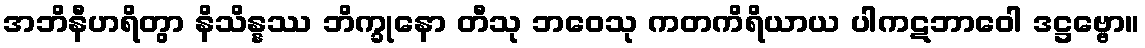
အဘိနီဟရိတွာ နိသိန္နဿ ဘိက္ခုနော တီသု ဘဝေသု ကတကိရိယာယ ပါကဋဘာဝေါ ဒဋ္ဌဗ္ဗော။